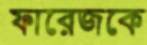
ফারেজকে